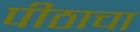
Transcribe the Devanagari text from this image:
पीठाचा